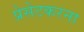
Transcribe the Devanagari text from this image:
प्रेसेटकरना